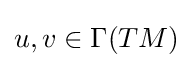
u,v\in \Gamma (TM)